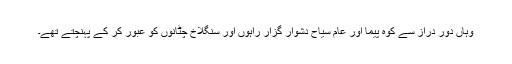
وہاں دور دراز سے کوہ پیما اور عام سیاح دشوار گزار راہوں اور سنگلاخ چٹانوں کو عبور کر کے پہنچتے تھے۔